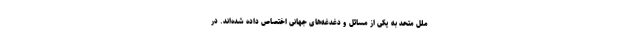
ملل متحد به یکی از مسائل و دغدغه‌های جهانی اختصاص داده شده‌اند. در